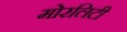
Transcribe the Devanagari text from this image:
मोरलिटी